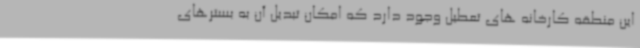
این منطقه کارخانه های تعطیل وجود دارد که امکان تبدیل آن به بسترهای